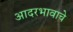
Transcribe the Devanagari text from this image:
आदरभावाचे